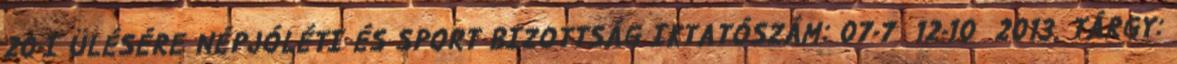
20-I ÜLÉSÉRE NÉPJÓLÉTI ÉS SPORT BIZOTTSÁG IKTATÓSZÁM: 07-7 12-10 2013. TÁRGY: